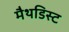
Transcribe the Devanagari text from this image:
मैथडिस्ट